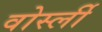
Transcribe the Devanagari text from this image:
वोर्स्ली